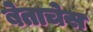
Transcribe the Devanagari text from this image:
बेताचेस